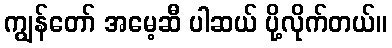
ကျွန်တော် အမေ့ဆီ ပါဆယ် ပို့လိုက်တယ်။